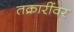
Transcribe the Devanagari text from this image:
तक्रारींवर